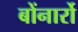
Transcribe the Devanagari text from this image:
बोंनार्रो